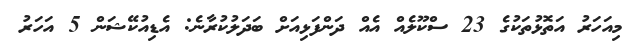
މިއަހަރު އަތޮޅުތަކުގެ 23 ސްކޫލެއް އެއް ދަންފަޅިއަށް ބަދަލުކުރާނެ: އެޑިއުކޭޝަން 5 އަހަރު